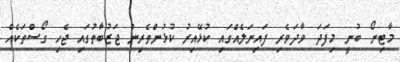
މާޓިނޯ ބުނީ މިފަދަ ވާދަވެރި ފައިނަލެއްގައި ކުޅޭއިރު ކުޅުންތެރިން ޖަޒުބާތުގައި ޖެހި ގޯސްތަކެއް